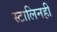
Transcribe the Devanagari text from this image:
स्टालिनही